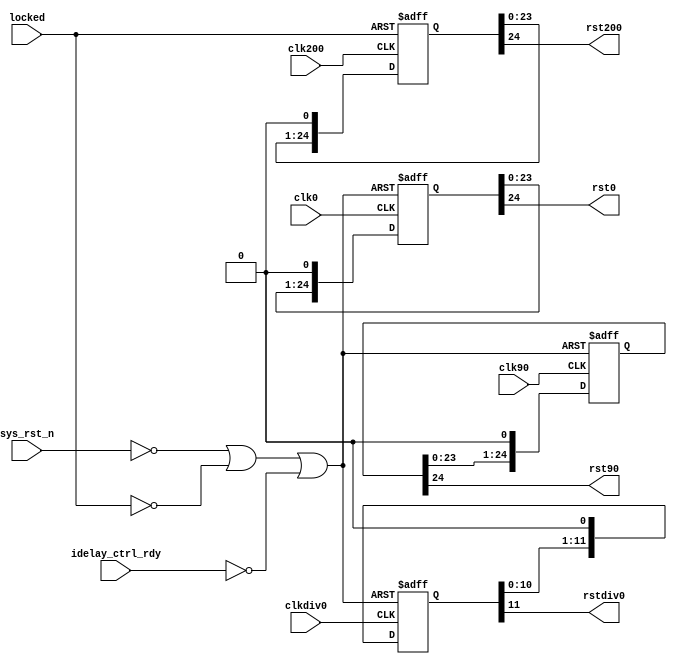
//*****************************************************************************
// DISCLAIMER OF LIABILITY
//
// This file contains proprietary and confidential information of
// Xilinx, Inc. ("Xilinx"), that is distributed under a license
// from Xilinx, and may be used, copied and/or disclosed only
// pursuant to the terms of a valid license agreement with Xilinx.
//
// XILINX IS PROVIDING THIS DESIGN, CODE, OR INFORMATION
// ("MATERIALS") "AS IS" WITHOUT WARRANTY OF ANY KIND, EITHER
// EXPRESSED, IMPLIED, OR STATUTORY, INCLUDING WITHOUT
// LIMITATION, ANY WARRANTY WITH RESPECT TO NONINFRINGEMENT,
// MERCHANTABILITY OR FITNESS FOR ANY PARTICULAR PURPOSE. Xilinx
// does not warrant that functions included in the Materials will
// meet the requirements of Licensee, or that the operation of the
// Materials will be uninterrupted or error-free, or that defects
// in the Materials will be corrected. Furthermore, Xilinx does
// not warrant or make any representations regarding use, or the
// results of the use, of the Materials in terms of correctness,
// accuracy, reliability or otherwise.
//
// Xilinx products are not designed or intended to be fail-safe,
// or for use in any application requiring fail-safe performance,
// such as life-support or safety devices or systems, Class III
// medical devices, nuclear facilities, applications related to
// the deployment of airbags, or any other applications that could
// lead to death, personal injury or severe property or
// environmental damage (individually and collectively, "critical
// applications"). Customer assumes the sole risk and liability
// of any use of Xilinx products in critical applications,
// subject only to applicable laws and regulations governing
// limitations on product liability.
//
// Copyright 2006, 2007, 2008 Xilinx, Inc.
// All rights reserved.
//
// This disclaimer and copyright notice must be retained as part
// of this file at all times.
//*****************************************************************************
//   ____  ____
//  /   /\/   /
// /___/  \  /    Vendor: Xilinx
// \   \   \/     Version: 3.3
//  \   \         Application: MIG
//  /   /         Filename: ddr2_infrastructure.v
// /___/   /\     Date Last Modified: $Date: 2009/08/17 16:10:21 $
// \   \  /  \    Date Created: Wed Aug 16 2006
//  \___\/\___\
//
//Device: Virtex-5
//Design Name: DDR2
//Purpose:
//   Clock distribution and reset synchronization
//Reference:
//Revision History:
//   Rev 1.1 - Port name changed from dcm_lock to locked. PK. 10/14/08
//*****************************************************************************

`timescale 1ns/1ps

module ddr2_infrastructure #
  (
   parameter RST_ACT_LOW  = 1
   )
  (
   input  clk0,
   input  clk90,
   input  clk200,
   input  clkdiv0,
   input  locked,
   input  sys_rst_n,
   input  idelay_ctrl_rdy,
   output rst0,
   output rst90,
   output rst200,
   output rstdiv0
   );

  // # of clock cycles to delay deassertion of reset. Needs to be a fairly
  // high number not so much for metastability protection, but to give time
  // for reset (i.e. stable clock cycles) to propagate through all state
  // machines and to all control signals (i.e. not all control signals have
  // resets, instead they rely on base state logic being reset, and the effect
  // of that reset propagating through the logic). Need this because we may not
  // be getting stable clock cycles while reset asserted (i.e. since reset
  // depends on DCM lock status)
  localparam RST_SYNC_NUM = 25;

  reg [RST_SYNC_NUM-1:0]     rst0_sync_r    /* synthesis syn_maxfan = 10 */;
  reg [RST_SYNC_NUM-1:0]     rst200_sync_r  /* synthesis syn_maxfan = 10 */;
  reg [RST_SYNC_NUM-1:0]     rst90_sync_r   /* synthesis syn_maxfan = 10 */;
  reg [(RST_SYNC_NUM/2)-1:0] rstdiv0_sync_r /* synthesis syn_maxfan = 10 */;
  wire                       rst_tmp;
  wire                       sys_clk_ibufg;
  wire                       sys_rst;

  assign sys_rst = RST_ACT_LOW ? ~sys_rst_n: sys_rst_n;

  //***************************************************************************
  // Reset synchronization
  // NOTES:
  //   1. shut down the whole operation if the DCM hasn't yet locked (and by
  //      inference, this means that external SYS_RST_IN has been asserted -
  //      DCM deasserts LOCKED as soon as SYS_RST_IN asserted)
  //   2. In the case of all resets except rst200, also assert reset if the
  //      IDELAY master controller is not yet ready
  //   3. asynchronously assert reset. This was we can assert reset even if
  //      there is no clock (needed for things like 3-stating output buffers).
  //      reset deassertion is synchronous.
  //***************************************************************************

  assign rst_tmp = sys_rst | ~locked | ~idelay_ctrl_rdy;

  // synthesis attribute max_fanout of rst0_sync_r is 10
  always @(posedge clk0 or posedge rst_tmp)
    if (rst_tmp)
      rst0_sync_r <= {RST_SYNC_NUM{1'b1}};
    else
      // logical left shift by one (pads with 0)
      rst0_sync_r <= rst0_sync_r << 1;

  // synthesis attribute max_fanout of rstdiv0_sync_r is 10
  always @(posedge clkdiv0 or posedge rst_tmp)
    if (rst_tmp)
      rstdiv0_sync_r <= {(RST_SYNC_NUM/2){1'b1}};
    else
      // logical left shift by one (pads with 0)
      rstdiv0_sync_r <= rstdiv0_sync_r << 1;

  // synthesis attribute max_fanout of rst90_sync_r is 10
  always @(posedge clk90 or posedge rst_tmp)
    if (rst_tmp)
      rst90_sync_r <= {RST_SYNC_NUM{1'b1}};
    else
      rst90_sync_r <= rst90_sync_r << 1;

  // make sure CLK200 doesn't depend on IDELAY_CTRL_RDY, else chicken n' egg
   // synthesis attribute max_fanout of rst200_sync_r is 10
  always @(posedge clk200 or negedge locked)
    if (!locked)
      rst200_sync_r <= {RST_SYNC_NUM{1'b1}};
    else
      rst200_sync_r <= rst200_sync_r << 1;

  assign rst0    = rst0_sync_r[RST_SYNC_NUM-1];
  assign rst90   = rst90_sync_r[RST_SYNC_NUM-1];
  assign rst200  = rst200_sync_r[RST_SYNC_NUM-1];
  assign rstdiv0 = rstdiv0_sync_r[(RST_SYNC_NUM/2)-1];

endmodule